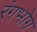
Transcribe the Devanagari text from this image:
रंगभोग